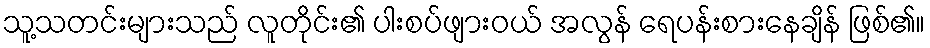
သူ့သတင်းများသည် လူတိုင်း၏ ပါးစပ်ဖျားဝယ် အလွန် ရေပန်းစားနေချိန် ဖြစ်၏။